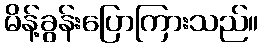
မိန့်ခွန်းပြောကြားသည်။